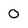
Character: O